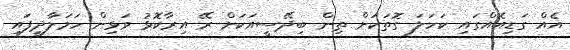
އެއް ގަޑިއެއްގައި ކަހަލަ ގޮތަކަށް ތިން ބިދޭސީއަކަށް ރޭ އިރާކޮޅު ވަޅިން ހަމަލާދީފައި